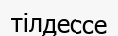
тілдессе